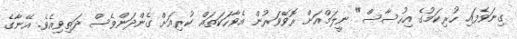
ގިނަވެފައި ހުރިކަމުގެ އިހުސާސް" ނީލަމްއަށް ރޮވޭވަރުން އެވާހަކަތައް ކުރިއަށް ގެންދަންވެސް ދަތިވިއެވެ. އޭނާގެ